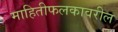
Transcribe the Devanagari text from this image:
माहितीफलकावरील